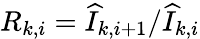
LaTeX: R_{k,i}=\widehat{I}_{k,i+1}/\widehat{I}_{k,i}